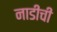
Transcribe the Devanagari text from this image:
नाडीची